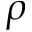
\rho